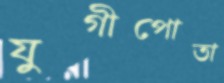
যুগীপোতা